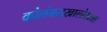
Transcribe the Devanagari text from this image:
कोलंबसखालोखाल